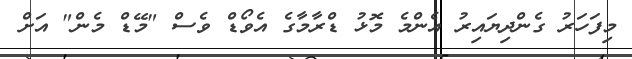
މިފަހަރު ގެންދިޔައިރު އެންމެ މޮޅު ޑްރާމާގެ އެވޯޑް ވެސް "މޭޑް މެން" އަށް